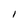
Character: I